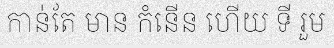
កាន់តែ មាន កំនើន ហើយ ទី រួម